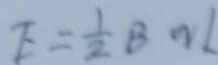
E = \frac { 1 } { 2 } B n L